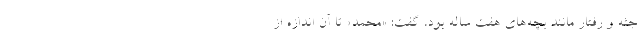
جثه و رفتار مانند بچه‌های هفت ساله بود، گفت: «محمد» تا آن اندازه از